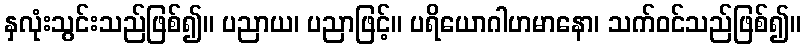
နှလုံးသွင်းသည်ဖြစ်၍။ ပညာယ၊ ပညာဖြင့်။ ပရိယောဂါဟမာနော၊ သက်ဝင်သည်ဖြစ်၍။